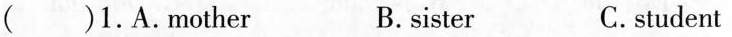
( )1.A.Mother B.sister C.student